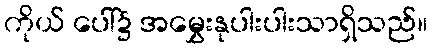
ကိုယ် ပေါ်၌ အမွှေးနုပါးပါးသာရှိသည်။